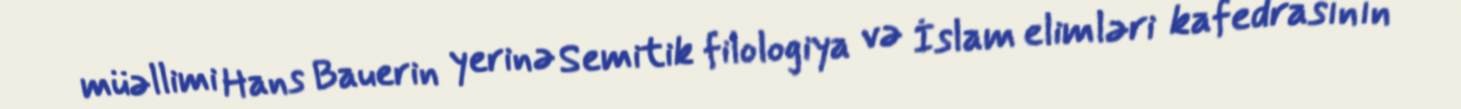
müəllimi Hans Bauerin yerinə Semitik filologiya və İslam elimləri kafedrasının